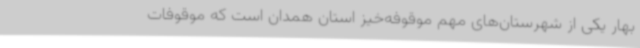
بهار یکی از شهرستان‌های مهم موقوفه‌خیز استان همدان است که موقوفات